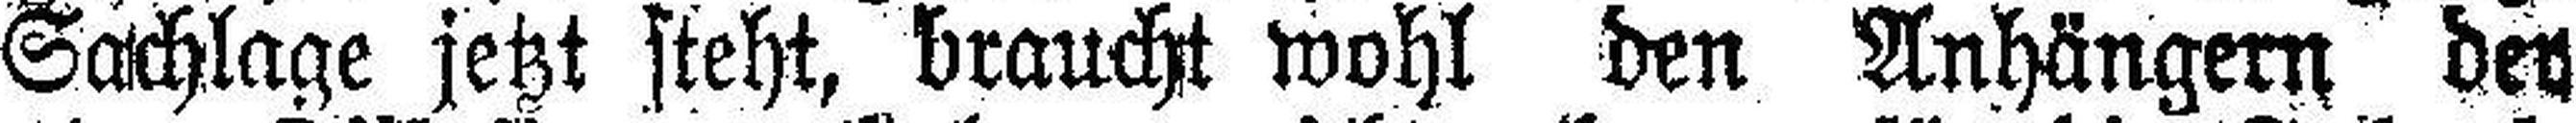
Sachlage jetzt steht, braucht wohl den Anhängern der